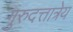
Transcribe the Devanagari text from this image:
गुरुदत्तात्रेय